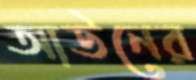
আউনের